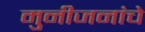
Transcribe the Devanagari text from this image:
मुनीजनांचे